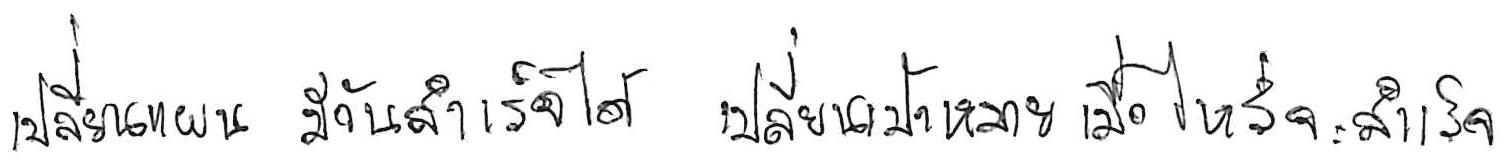
เปลี่ยนแผน มีวันสำเร็จได้ เปลี่ยนเป้าหมาย เมื่อไหร่จะสำเร็จ